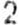
2